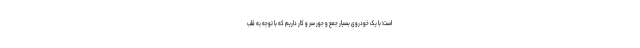
است؛ با یک خودروی بسیار جمع و جور سر و کار داریم که با توجه به قلب